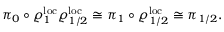
\pi _ { 0 } \circ \varrho _ { 1 } ^ { \mathrm { l o c } } \varrho _ { 1 / 2 } ^ { \mathrm { l o c } } \cong \pi _ { 1 } \circ \varrho _ { 1 / 2 } ^ { \mathrm { l o c } } \cong \pi _ { 1 / 2 } .